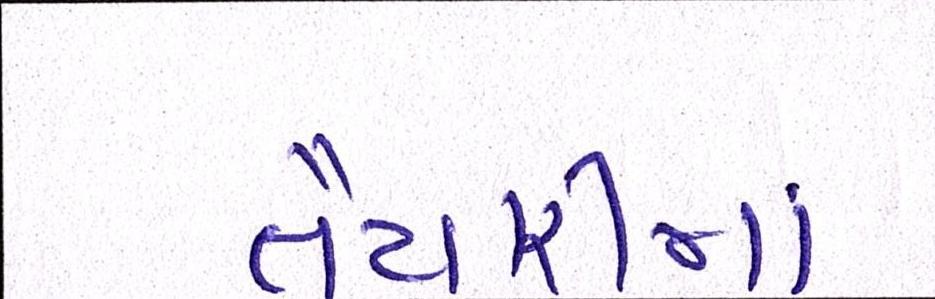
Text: તૈયારીમાં